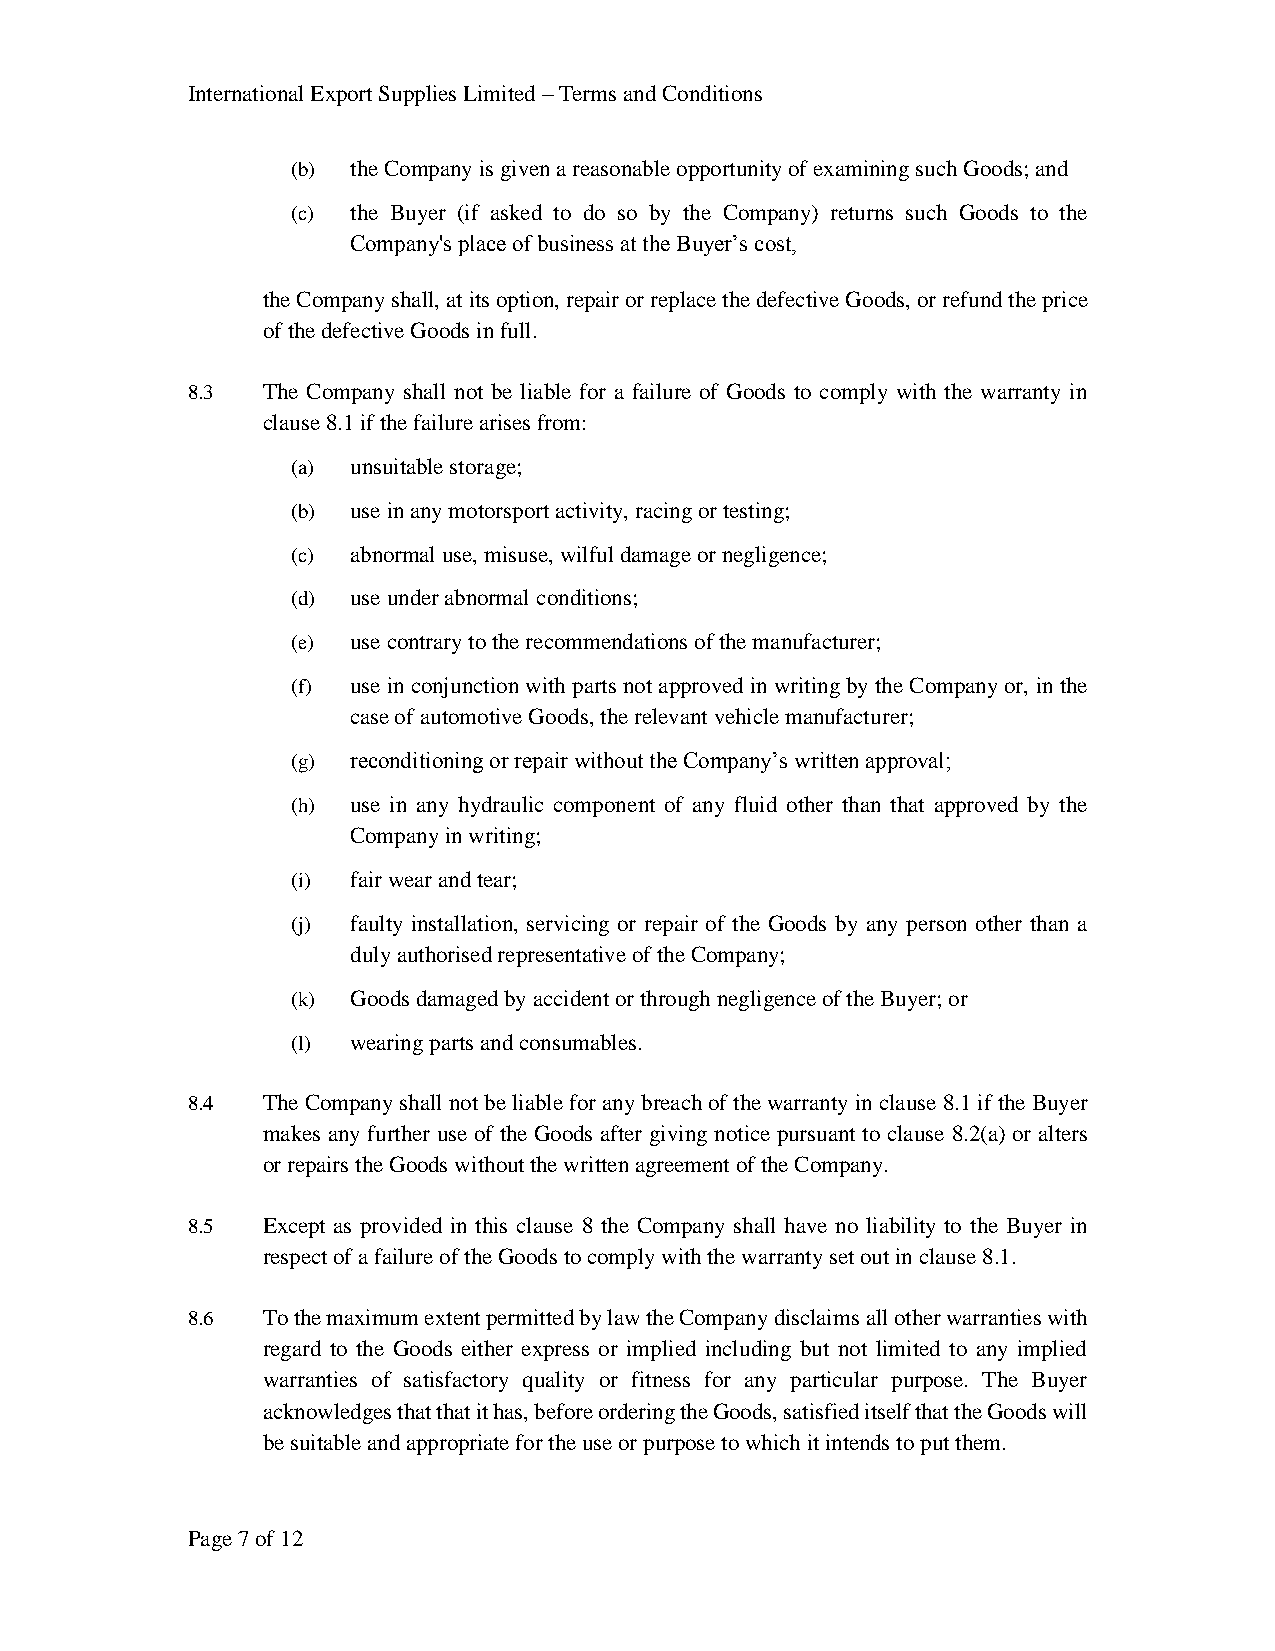
International Export Supplies Limited – Terms and Conditions
 (b) the Company is given a reasonable opportunity of examining such Goods; and
 (c) the Buyer (if asked to do so by the Company) returns such Goods to the
 Company's place of business at the Buyer’s cost,
 the Company shall, at its option, repair or replace the defective Goods, or refund the price
 of the defective Goods in full.
 8.3  The Company shall not be liable for a failure of Goods to comply with the warranty in
 clause 8.1 if the failure arises from:
 (a) unsuitable storage;
 (b) use in any motorsport activity, racing or testing;
 (c) abnormal use, misuse, wilful damage or negligence;
 (d) use under abnormal conditions;
 (e) use contrary to the recommendations of the manufacturer;
 (f) use in conjunction with parts not approved in writing by the Company or, in the
 case of automotive Goods, the relevant vehicle manufacturer;
 (g) reconditioning or repair without the Company’s written approval;
 (h) use in any hydraulic component of any fluid other than that approved by the
 Company in writing;
 (i) fair wear and tear;
 (j) faulty installation, servicing or repair of the Goods by any person other than a
 duly authorised representative of the Company;
 (k) Goods damaged by accident or through negligence of the Buyer; or
 (l) wearing parts and consumables.
 8.4  The Company shall not be liable for any breach of the warranty in clause 8.1 if the Buyer
 makes any further use of the Goods after giving notice pursuant to clause 8.2(a) or alters
 or repairs the Goods without the written agreement of the Company.
 8.5  Except as provided in this clause 8 the Company shall have no liability to the Buyer in
 respect of a failure of the Goods to comply with the warranty set out in clause 8.1.
 8.6  To the maximum extent permitted by law the Company disclaims all other warranties with
 regard to the Goods either express or implied including but not limited to any implied
 warranties of satisfactory quality or fitness for any particular purpose. The Buyer
 acknowledges that that it has, before ordering the Goods, satisfied itself that the Goods will
 be suitable and appropriate for the use or purpose to which it intends to put them.
 Page 7 of 12